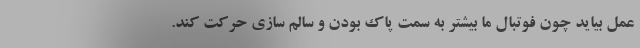
عمل بیاید چون فوتبال ما بیشتر به سمت پاک بودن و سالم سازی حرکت کند.